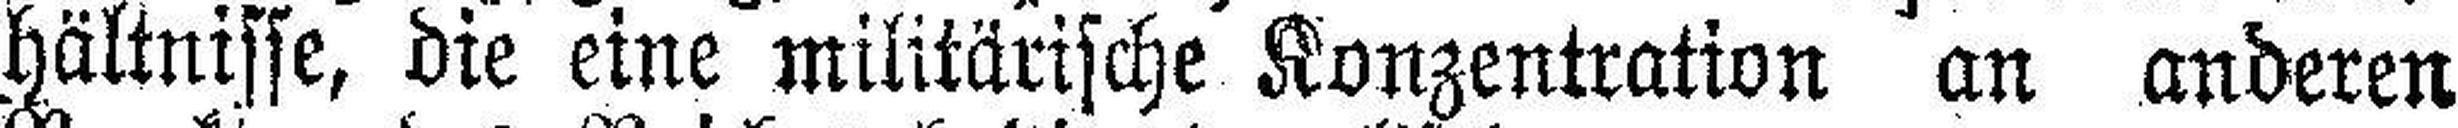
hältnisse, die eine militärische Konzentration an anderen